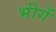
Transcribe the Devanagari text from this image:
भीगें